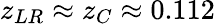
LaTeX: z_{LR}\approx z_{C}\approx 0.112